画像に写った文字を読んでください
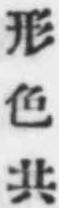
「形色共」と書いてあります